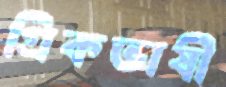
গ্রিকভাষী